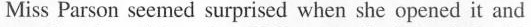
Miss Parson seemed surprised when she opened it and